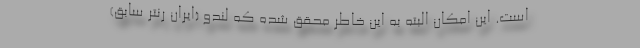
است. این امکان البته به این خاطر محقق شده که لندو (ایران رنتر سابق)